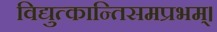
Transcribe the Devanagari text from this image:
विद्युत्कान्तिसमप्रभम्।